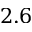
2 . 6